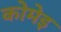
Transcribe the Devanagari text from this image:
कोमेइ